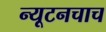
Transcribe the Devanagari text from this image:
न्यूटनचाच